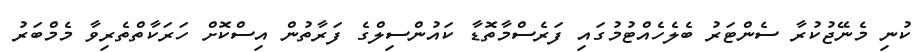
ކުނި މެނޭޖުކުރާ ސެންޓަރު ބެލެހެއްޓުމުގައި ފަރެސްމާތޮޑާ ކައުންސިލްގެ ފަރާތުން އިސްކޮށް ހަރަކާތްތެރިވާ މެމްބަރު